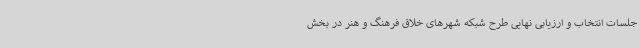
جلسات انتخاب و ارزیابی نهایی طرح شبکه شهرهای خلاق فرهنگ و هنر در بخش